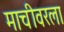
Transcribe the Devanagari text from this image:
माचीवरला